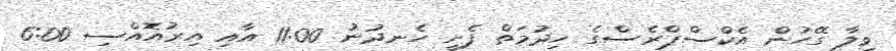
ވިލާ ގޭހުން އެކްސްޕްރެސްގެ ހިދުމަތް ފެށީ ހެނދުނު 11:00 އާއި އިރުއޮއްސި 6:00